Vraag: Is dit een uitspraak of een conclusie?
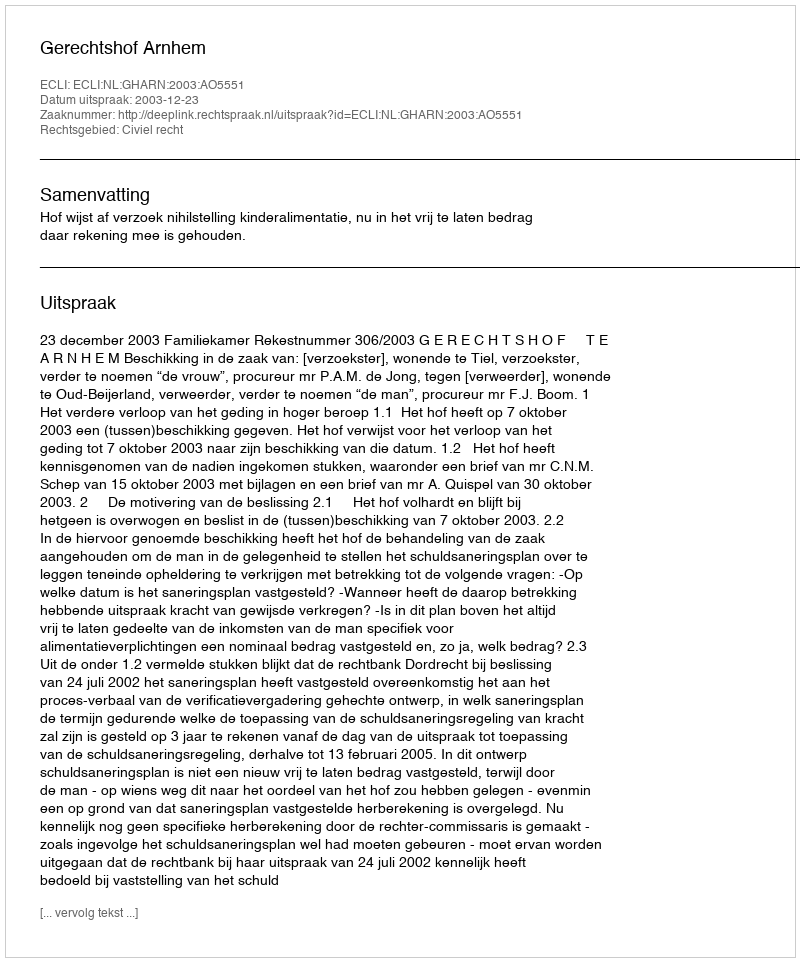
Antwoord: Uitspraak